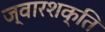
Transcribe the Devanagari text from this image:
ज्वारशक्ति